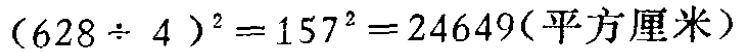
\((628\div 4)^2 = 157^2 = 24649(\text{平方厘米})\)